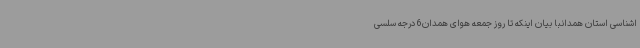
اشناسی استان همدانبا بیان اینکه تا روز جمعه هوای همدان6 درجه سلسی